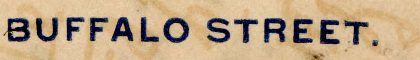
BUFFALO STREET.